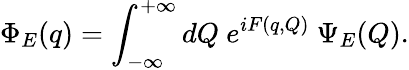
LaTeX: \Phi_{E}(q)=\int_{-\infty}^{+\infty}dQ~e^{iF(q,Q)}~\Psi_{E}(Q).